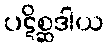
ပဋိစ္ဆဒါယ